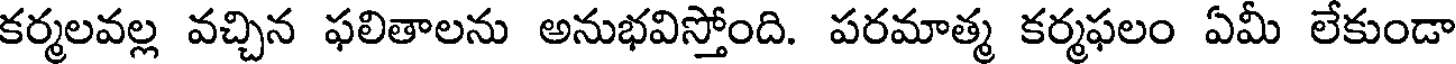
కర్మలవల్ల వచ్చిన ఫలితాలను అనుభవిస్తోంది. పరమాత్మ కర్మఫలం ఏమీ లేకుండా